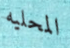
المحليه